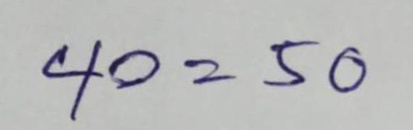
40 = 50